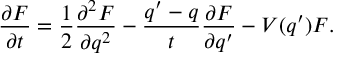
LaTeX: \frac { \partial F } { \partial t } = \frac { 1 } { 2 } \frac { \partial ^ { 2 } F } { \partial q ^ { 2 } } - \frac { q ^ { \prime } - q } { t } \frac { \partial F } { \partial q ^ { \prime } } - V ( q ^ { \prime } ) F .